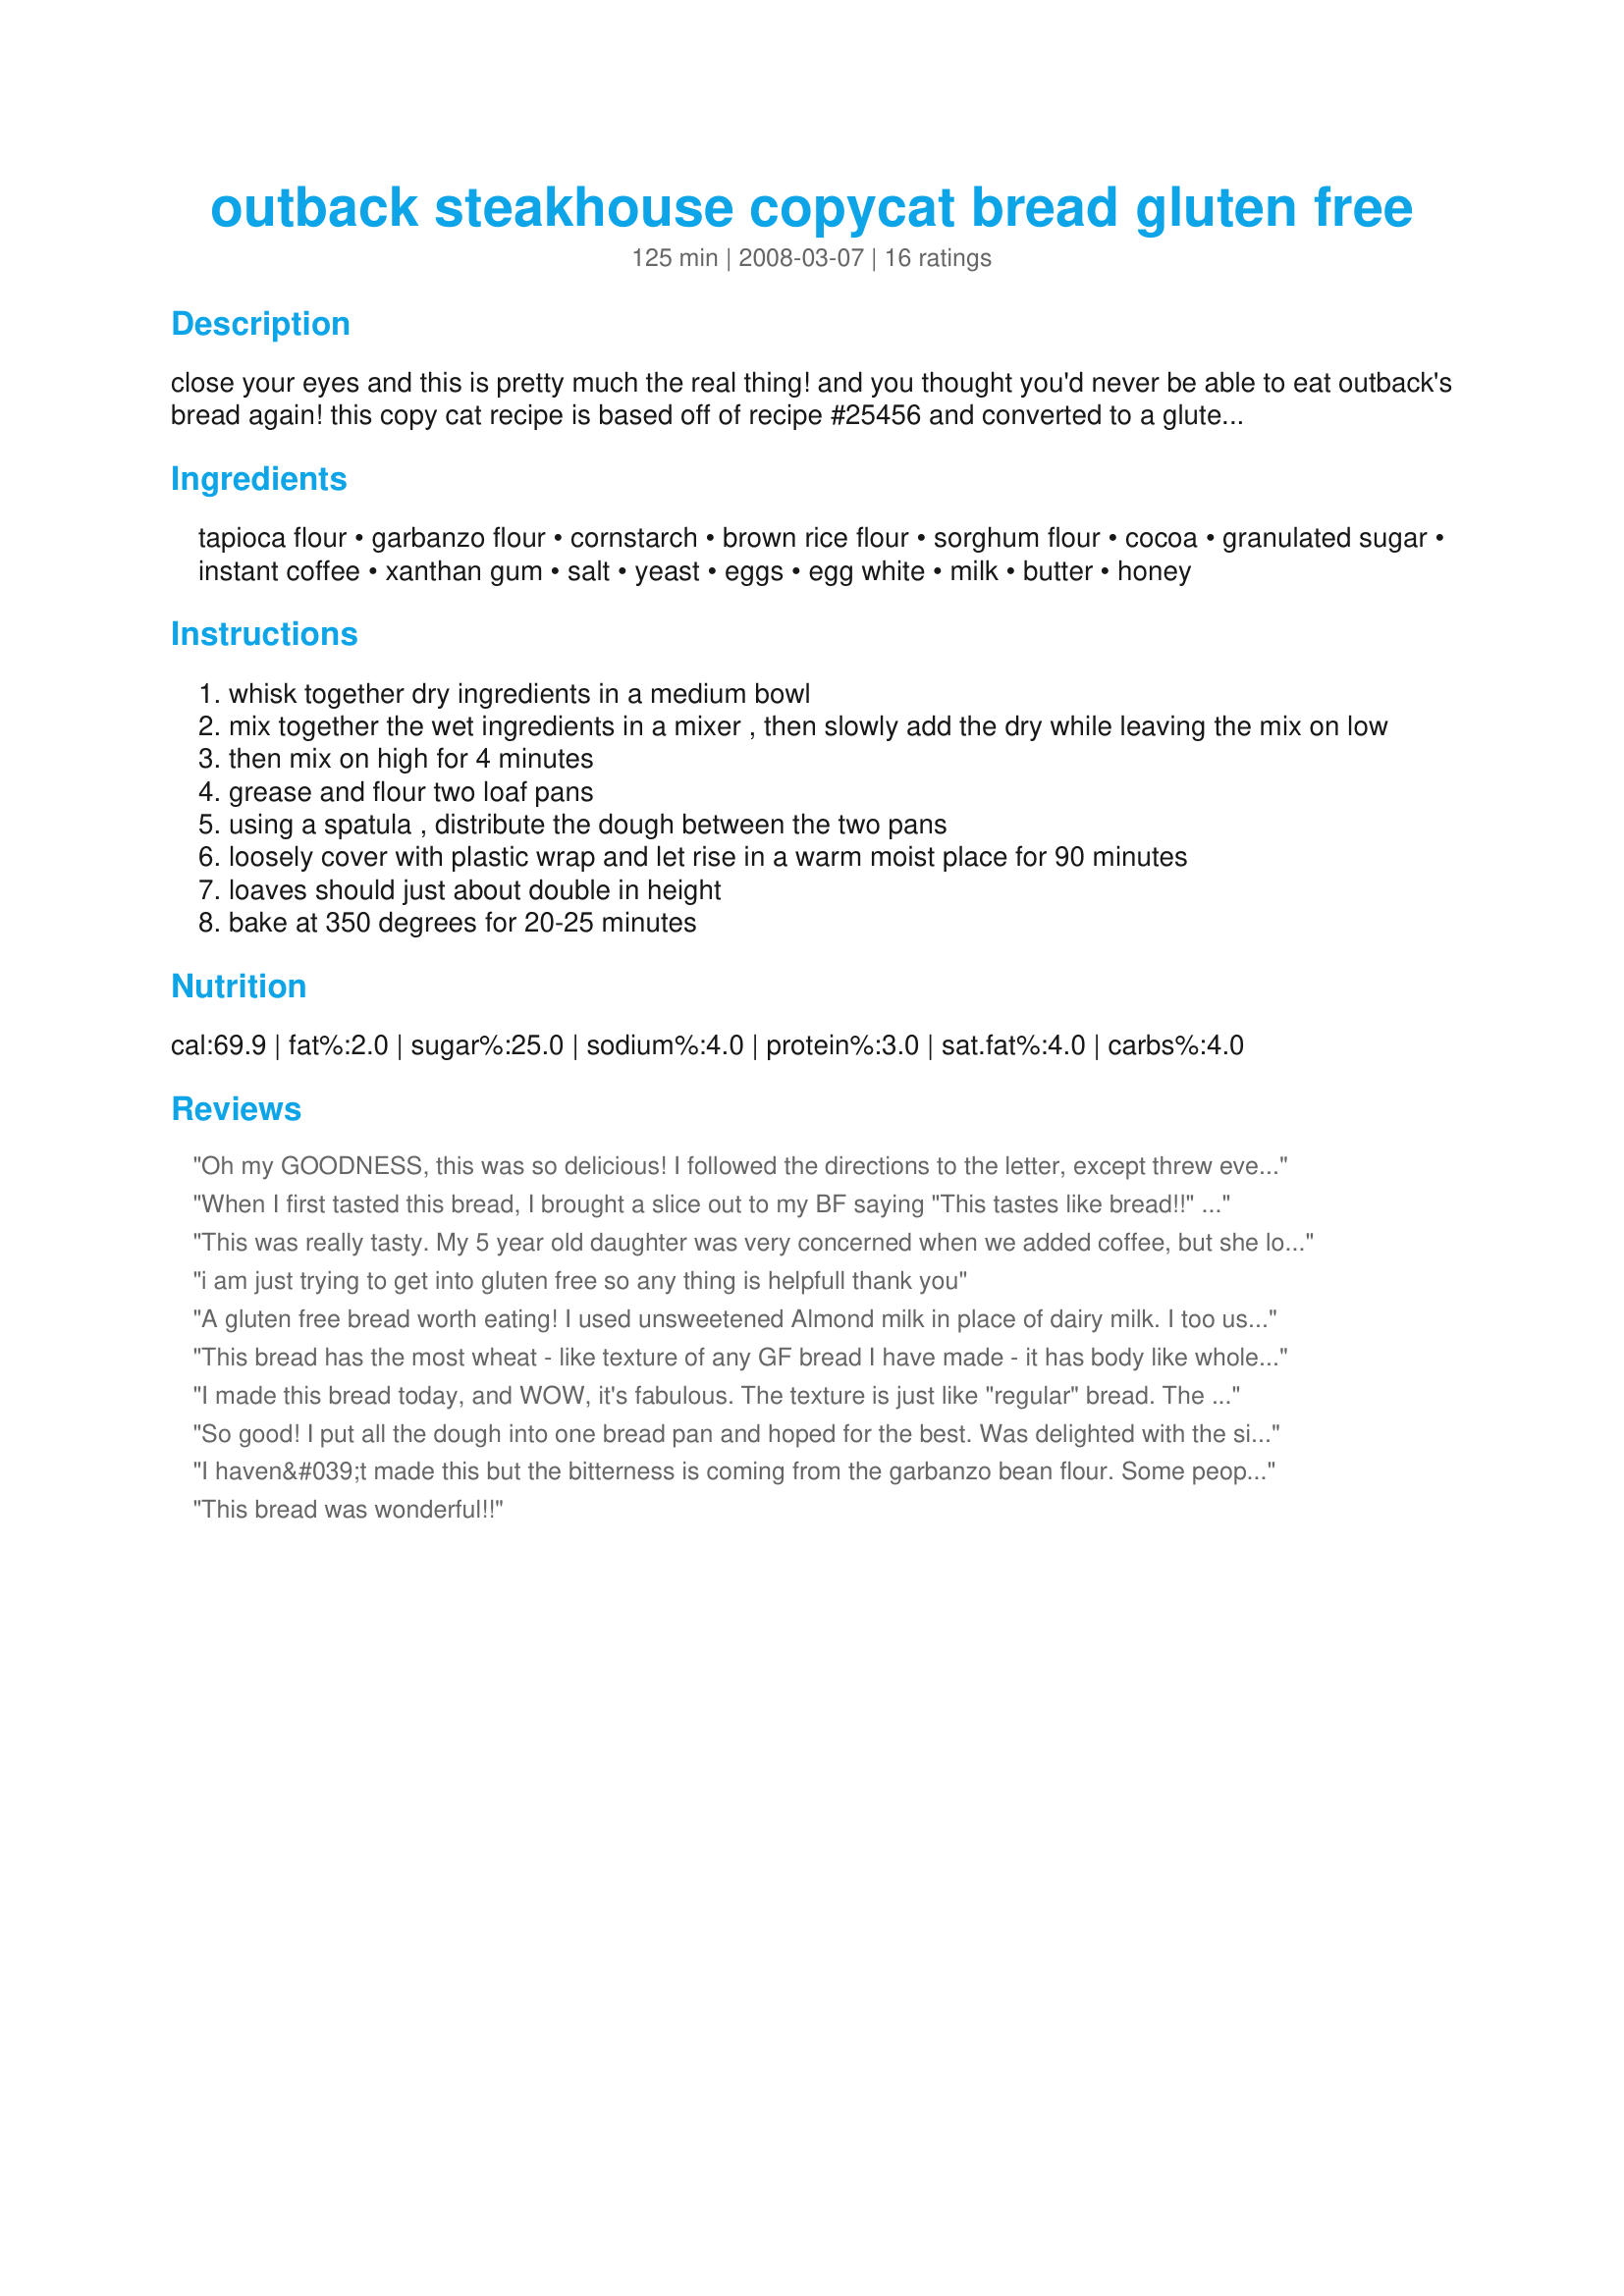
outback steakhouse copycat bread gluten free
Preparation time: 125 minutes

close your eyes and this is pretty much the real thing! and you thought you'd never be able to eat outback's bread again! this copy cat recipe is based off of recipe #25456 and converted to a gluten free version. i recommend eating within 1 week. i used two mini loaf pans and one regular sized loaf pan only because i don't have more minis. (you can add food coloring to get the dark color too, but i figured i'd just keep it natural and close my eyes!) nutritional information (including flours, etc): 123 cal, 2.3 fat, 1 sat fat, 22 carbs, 1.8g fiber, 7g sugar, 3g protein. (slightly over 2 points a slice with ww)

Ingredients:
tapioca flour, garbanzo flour, cornstarch, brown rice flour, sorghum flour, cocoa, granulated sugar, instant coffee, xanthan gum, salt, yeast, eggs, egg white, milk, butter, honey

Steps:
whisk together dry ingredients in a medium bowl
mix together the wet ingredients in a mixer , then slowly add the dry while leaving the mix on low
then mix on high for 4 minutes
grease and flour two loaf pans
using a spatula , distribute the dough between the two pans
loosely cover with plastic wrap and let rise in a warm moist place for 90 minutes
loaves should just about double in height
bake at 350 degrees for 20-25 minutes

Reviews:
Oh my GOODNESS, this was so delicious! I followed the directions to the letter, except threw everything in my Zojirushi. I loved it, but the kids didn't, which was fine with me because that meant I got the whole loaf to myself. I think this would make GREAT gluten free reuben sandwiches.
When I first tasted this bread, I brought a slice out to my BF saying "This tastes like bread!!" This goes beyond great GF bread---it's just great bread in general! I did make a couple of changes due to what I had on hand. I used an all-purpose GF flour mixture in place of the garbanzo flour and used potato starch in place of the sorghum. I also halved the recipe (with 1 egg, 1 egg white) to make just 1 loaf. It turned out soft with a great crust, and it sliced wonderfully! I don't make bread too often, but when I do, I know where I'll turn!
This was really tasty. My 5 year old daughter was very concerned when we added coffee, but she loved it! My bread never actually rose, not sure why...But it was just for my family, so I really don't care what it looks like if it tastes good!!
i am just trying to get into gluten free so any thing is helpfull thank you
A gluten free bread worth eating! I used unsweetened Almond milk in place of dairy milk. I too used potato starch instead of the sorghum flour and canola oil in place of butter. Popped it in my Zojirushi bread maker on quick bread and with it's 3 risings
the texture was close to "regular"bread . I think next time I might try it with a bit less instant coffee though. When in the bread maker I was tempted to add more flours, because it was like cake batter not at all like "regular" breads in a nice tight ball. I was surprised how it all came together and tasted wonderful. Now I can have sandwiches again!
This bread has the most wheat - like texture of any GF bread I have made - it has body like whole wheat bread, not fluffy white bread. Excellent. I made this exactly as listed and the flavor is very sweet but with a slightly bitter aftertaste - will probably cut back the honey as well as the cocoa and coffee, just a touch. The batter wasn't enough for two 8x4 pans but would work well for three mini pans or one 9x5. Thanks for a great recipe!
I made this bread today, and WOW, it's fabulous. The texture is just like "regular" bread. The flavor is great. I made it in my bread machine on the quick cycle. (best for gluten-free breads) The only thing I changed was I used oil instead of butter. I will definitely be making this recipe a lot!
So good! I put all the dough into one bread pan and hoped for the best. Was delighted with the size and consistency of the loaf. Thanks for a great recipe!
I haven&#039;t made this but the bitterness is coming from the garbanzo bean flour. Some people don&#039;t like the aftertaste and bitterness it has. Just substitute gluten free flour that you like and it should still work fine. Coconut and sorghum would work well i think due to weight and texture.
This bread was wonderful!!
I have a granddaughter who has allergies to soy, gluten, eggs and dairy. from Diann, I see the substitutions for butter, and milk, but does anyone know a substitute that would work in this bread for the eggs? Thoughts???
I over cooked and it was dry, dry , dry. My child wouldn't eat it. I thought it was a bit bitter.
Thank you! Thank you! Thank you! This bread is absolutely heavenly. Even better than gluten filled bread :) I am SO grateful to finally have found a gf bread I enjoy eating. I make mine in the bread machine on the rapid setting with light crust. I also only use 2 eggs, substitute soy flour for the sorghum, and add 2 tbsp of flax seed.
No flopping here! Great recipe. Tastes like wheat homemade bread and it didn't flop in the least bit!
Wow, not only is it gluten free, but it is good! I used an ice cream scoop to portion out the dough into round mounds onto a parchment paper lined cookie sheet. Then I use wet hands to flatten the dough before rising and baking. By slicing through them horizontally, these rounds make good buns or sandwich rounds.
This is simply the BEST gluten-free bread we've ever eaten!! It tastes so much like honey wheat bread I could weep.

Used DariFree in place of the milk and canola oil instead of the melted butter since my son can't have casein (milk protein). 

Have baked in one 9" loaf pan at 350 degrees for 35-40 minutes AND in the ABM on the sweet bread 2-lb. loaf setting with great results.

This bread is terrific for toast, sandwiches, croutons, French toast, grilled cheese...and for bringing to OBSH so we can enjoy bread with our friends & family again!
